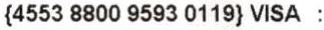
{4553 8800 9593 0119} VISA :